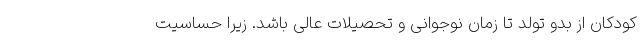
کودکان از بدو تولد تا زمان نوجوانی و تحصیلات عالی باشد. زیرا حساسیت